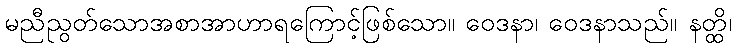
မညီညွတ်သောအစာအာဟာရကြောင့်ဖြစ်သော။ ဝေဒနာ၊ ဝေဒနာသည်။ နတ္ထိ၊